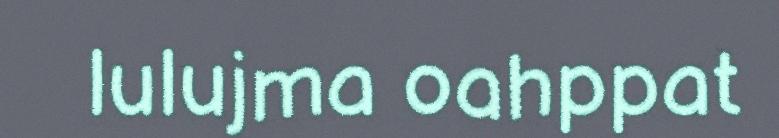
lulujma oahppat